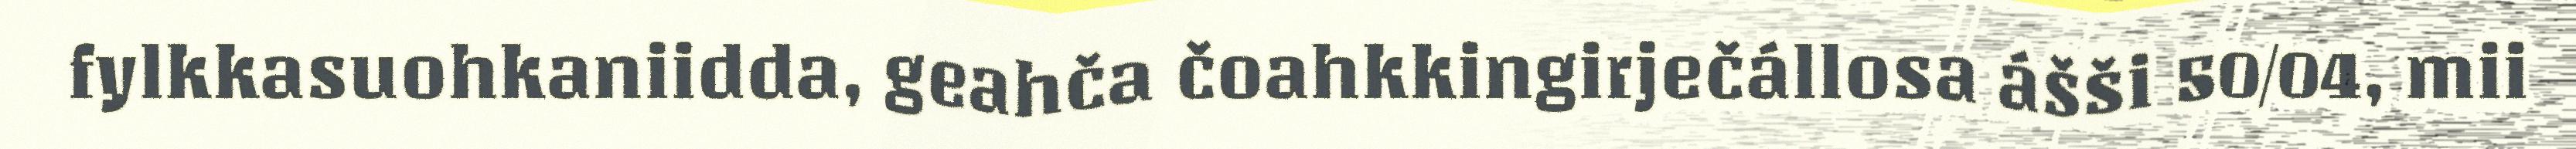
fylkkasuohkaniidda, geahča čoahkkingirječállosa ášši 50/04, mii